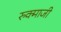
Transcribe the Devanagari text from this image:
रुक्माजी